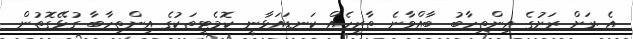
އެ ރަށް ރަށުގެ އިންތިހާބު ބާއްވާނެ ތާރީހެއް ކަނޑައަޅާނީ ކޮމެޓީތަކުގެ އިންތިހާބާ ގުޅޭގޮތުން